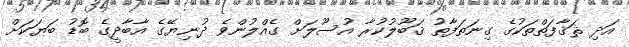
އަދި ޘަޤާފަތްތަކުގެ ގިނަތަފާތު ޤަބޫލުކުރާ އުސޫލަށް ގެއްލުންވެ ދުނިޔޭގެ އާބާދީގެ ބޮޑު ބަޔަކަށް